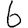
Digit: 6